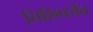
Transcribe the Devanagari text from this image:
तिशिपर्यंत